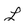
Character: L